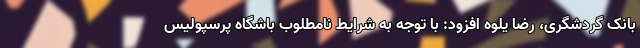
بانک گردشگری، رضا یلوه افزود: با توجه به شرایط نامطلوب باشگاه پرسپولیس